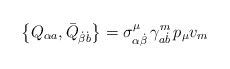
\begin{align*}\left\{ Q_{\alpha a},\bar{Q}_{\dot{\beta}\dot{b}}\right\} =\sigma _{\alpha \dot{\beta}}^\mu \,\gamma _{a\dot{b}}^m\,p_\mu v_m \end{align*}